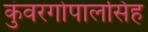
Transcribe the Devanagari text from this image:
कुंवरगोपालसिंह